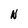
Character: N